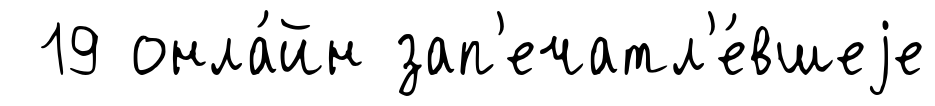
19 онла́йн зап'ечатл'е́вшеjе